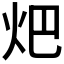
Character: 𤆵